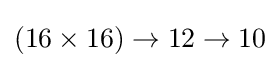
(16\times 16)\to 12\to 10